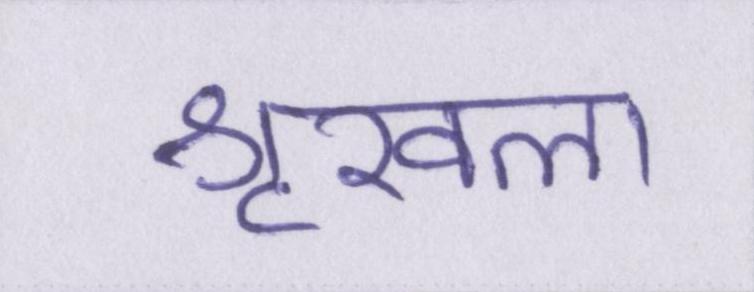
शृखला